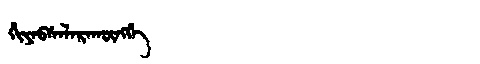
Manchu: ᡥᡳᠶᠠᠪᠰᠠᠯᠠᡵᠠᡴᡡᠩᡤᡝ
Romanization: HIYABSALARAKŪNGGE